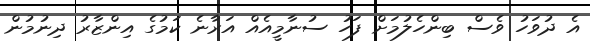
އެ ދުވަހު ވެސް ބިންހެލުމަށް ފަހު ސުނާމީއެއް އަރާނެ ކަމުގެ އިންޒާރު ދިނުމުން